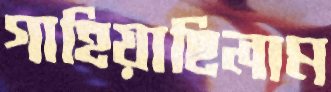
গাহিয়াছিলাম